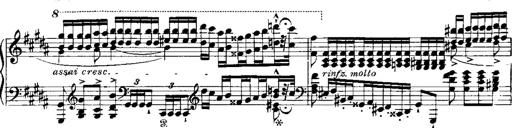
Title: RÃ©miniscences de Norma de Bellini
Composer: Franz Liszt